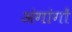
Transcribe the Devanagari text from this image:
अंगांगों